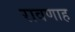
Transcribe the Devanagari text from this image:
रावणाह